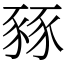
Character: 豩